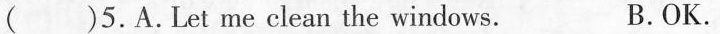
()5.A.Let me clean the windows. B.OK.